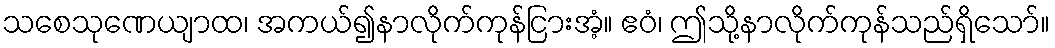
သစေသုဏေယျာထ၊ အကယ်၍နာလိုက်ကုန်ငြားအံ့။ ဧဝံ၊ ဤသို့နာလိုက်ကုန်သည်ရှိသော်။